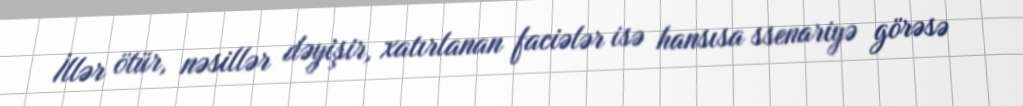
İllər ötür, nəsillər dəyişir, xatırlanan faciələr isə hansısa ssenariyə görəsə